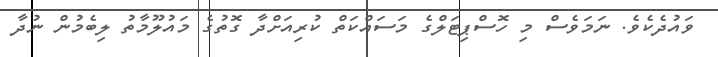
ވައުދެކެވެ. ނަމަވެސް މި ހޮސްޕިޓަލްގެ މަސައްކަތް ކުރިއަށްދާ ގޮތުގެ މައުލޫމާތު ލިބެމުން ނުދާ